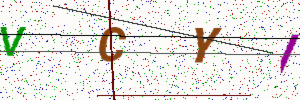
Text: VCYI